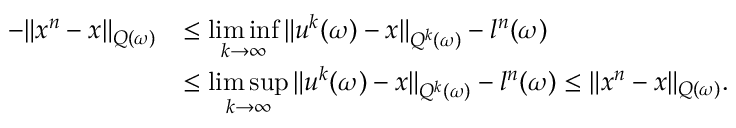
\begin{array} { r l } { - \| x ^ { n } - x \| _ { Q ( \omega ) } } & { \leq \underset { k \rightarrow \infty } { \operatorname* { l i m } \operatorname* { i n f } } \, \| u ^ { k } ( \omega ) - x \| _ { Q ^ { k } ( \omega ) } - l ^ { n } ( \omega ) } \\ & { \leq \underset { k \rightarrow \infty } { \operatorname* { l i m } \operatorname* { s u p } } \, \| u ^ { k } ( \omega ) - x \| _ { Q ^ { k } ( \omega ) } - l ^ { n } ( \omega ) \leq \| x ^ { n } - x \| _ { Q ( \omega ) } . } \end{array}